Annual report of the Bengal Veterinary College and of the Civil Veterinary Department, Bengal, for the year 1918-19 - 1918-1919
Year: 1918
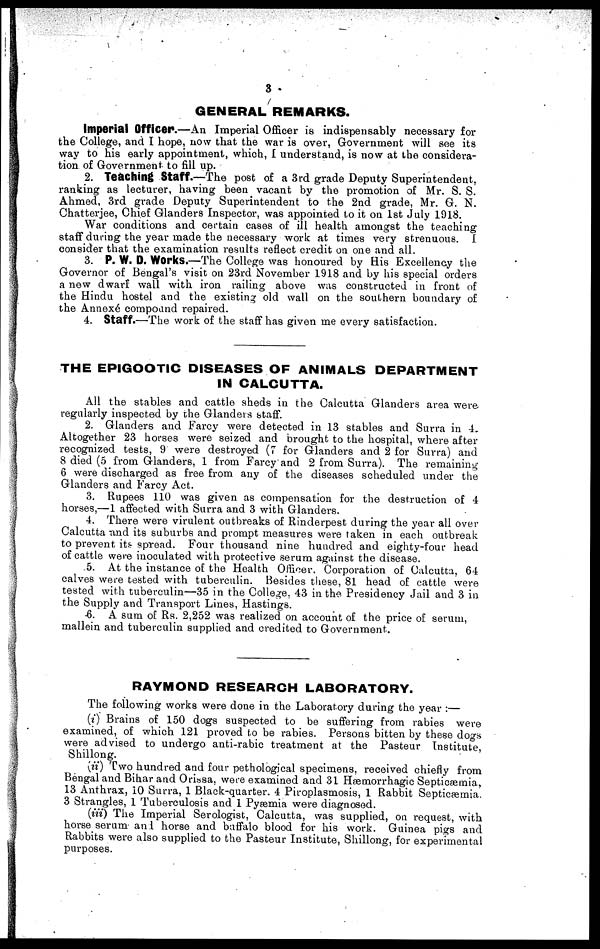
3
GENERAL REMARKS.
Imperial Officer.—An Imperial Officer is indispensably necessary for
the College, and I hope, now that the war is over, Government will see its
way to his early appointment, which, I understand, is now at the considera-
tion of Government to fill up.
2. Teaching Staff.—The post of a 3rd grade Deputy Superintendent,
ranking as lecturer, having been vacant by the promotion of Mr. S. S.
Ahmed, 3rd grade Deputy Superintendent to the 2nd grade, Mr. G. N.
Chatterjee, Chief Glanders Inspector, was appointed to it on 1st July 1918.
War conditions and certain cases of ill health amongst the teaching
staff during the year made the necessary work at times very strenuous. I
consider that the examination results reflect credit on one and all.
3. P. W. D. Works.—The College was honoured by His Excellency the
Governor of Bengal's visit on 23rd November 1918 and by his special orders
a new dwarf wall with iron railing above was constructed in front of
the Hindu hostel and the existing old wall on the southern boundary of
the Annexé compound repaired.
4. Staff.—The work of the staff has given me every satisfaction.
THE EPIGOOTIC DISEASES OF ANIMALS DEPARTMENT
IN CALCUTTA.
All the stables and cattle sheds in the Calcutta Glanders area were
regularly inspected by the Glanders staff.
2. Glanders and Farcy were detected in 13 stables and Surra in 4.
Altogether 23 horses were seized and brought to the hospital, where after
recognized tests, 9 were destroyed (7 for Glanders and 2 for Surra) and
8 died (5 from Glanders, 1 from Farcy and 2 from Surra). The remaining
6 were discharged as free from any of the diseases scheduled under the
Glanders and Farcy Act.
3. Rupees 110 was given as compensation for the destruction of 4
horses,— 1 affected with Surra and 3 with Glanders.
4. There were virulent outbreaks of Rinderpest during the year all over
Calcutta and its suburbs and prompt measures were taken in each outbreak
to prevent its spread. Four thousand nine hundred and eighty-four head
of cattle were inoculated with protective serum against the disease.
5. At the instance of the Health Officer, Corporation of Calcutta, 64
calves were tested with tuberculin. Besides these, 81 head of cattle were
tested with tuberculin—35 in the College. 43 in the Presidency Jail and 3 in
the Supply and Transport Lines, Hastings.
6. A sum of Rs. 2,252 was realized on account of the price of serum,
mallein and tuberculin supplied and credited to Government.
RAYMOND RESEARCH LABORATORY.
The following works were done in the Laboratory during the year :—
(i) Brains of 150 dogs suspected to be suffering from rabies were
examined, of which 121 proved to be rabies. Persons bitten by these dogs
were advised to undergo anti-rabic treatment at the Pasteur Institute,
Shillong.
(ii) Two hundred and four pethological specimens, received chiefly from
Bengal and Bihar and Orissa, were examined and 31 Hæmorrhagic Septicæmia,
13 Anthrax, 10 Surra, 1 Black-quarter. 4 Piroplasmosis, 1 Rabbit Septicæmia.
3 Strangles, 1 Tuberculosis and 1 Pyaemia were diagnosed.
(iii) The Imperial Serologist, Calcutta, was supplied, on request, with
horse serum and horse and buffalo blood for his work. Guinea pigs and
Rabbits were also supplied to the Pasteur Institute, Shillong, for experimental
purposes.